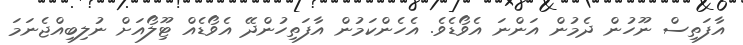
އާފަތިސް ނޫހުން ދެމުން އަންނަ އެވޯޑެވެ. އެހެންކަމުން އާފަތިހުންދޭ އެވޯޑެއް ޓޫިލޯއަށް ނުލިބިއްޖެނަމަ